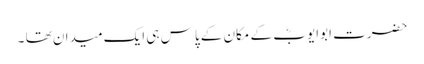
حضرت ابوایوبؓ کے مکان کے پاس ہی ایک میدان تھا ۔